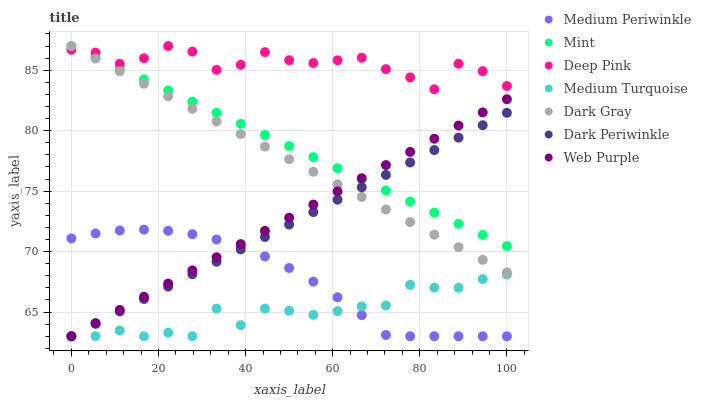
| xaxis_label | Medium Periwinkle | Mint | Deep Pink | Medium Turquoise | Dark Gray | Dark Periwinkle | Web Purple |
 | --- | --- | --- | --- | --- | --- | --- | --- |
 | 0 | 71.1 | 87 | 86.7 | 63 | 87 | 63 | 63 |
 | 5.56 | 71.5 | 86.1 | 86.5 | 63 | 86 | 64 | 64.1 |
 | 11.1 | 71.7 | 85.2 | 85.5 | 63.5 | 84.9 | 65.1 | 65.2 |
 | 16.7 | 71.8 | 84.2 | 86 | 63 | 83.9 | 66.1 | 66.3 |
 | 22.2 | 71.7 | 83.3 | 87 | 63.3 | 82.8 | 67.1 | 67.4 |
 | 27.8 | 71.4 | 82.4 | 86.5 | 63 | 81.8 | 68.1 | 68.4 |
 | 33.3 | 71 | 81.5 | 85 | 65.3 | 80.8 | 69.2 | 69.5 |
 | 38.9 | 70.4 | 80.6 | 85.4 | 63.9 | 79.7 | 70.2 | 70.6 |
 | 44.4 | 69.6 | 79.6 | 86.5 | 65.3 | 78.7 | 71.2 | 71.7 |
 | 50 | 68.6 | 78.7 | 85.8 | 65.1 | 77.6 | 72.2 | 72.8 |
 | 55.6 | 67.5 | 77.8 | 85.6 | 64.8 | 76.6 | 73.3 | 73.9 |
 | 61.1 | 66.2 | 76.9 | 85.8 | 65.1 | 75.6 | 74.3 | 75 |
 | 66.7 | 64.7 | 76 | 86 | 65.5 | 74.5 | 75.3 | 76.1 |
 | 72.2 | 63.1 | 75.1 | 85.1 | 65.5 | 73.5 | 76.3 | 77.2 |
 | 77.8 | 63 | 74.1 | 84.4 | 67.2 | 72.4 | 77.4 | 78.2 |
 | 83.3 | 63 | 73.2 | 83.4 | 67 | 71.4 | 78.4 | 79.3 |
 | 88.9 | 63 | 72.3 | 85.5 | 67 | 70.4 | 79.4 | 80.4 |
 | 94.4 | 63 | 71.4 | 84.9 | 67.7 | 69.3 | 80.5 | 81.5 |
 | 100 | 63 | 70.5 | 83.7 | 68.1 | 68.3 | 81.5 | 82.6 |